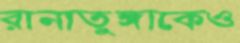
রানাতুঙ্গাকেও